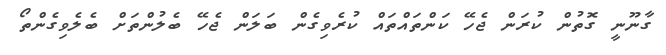
ގާނޫނީ ގޮތުން ކުރަން ޖެހޭ ކަންތައްތައް ކުރެވިގެން ބަލަން ޖެހޭ ބެލުންތަށް ބެލެވިގެންތޯ